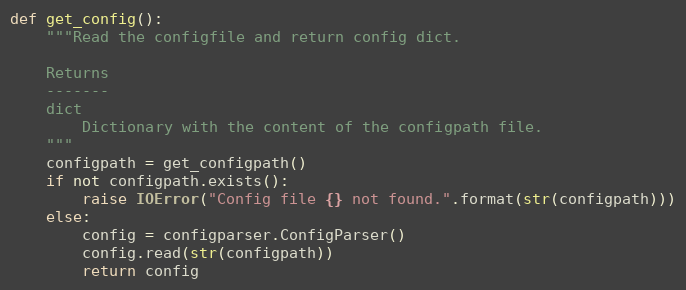
Language: Python
def get_config():
    """Read the configfile and return config dict.

    Returns
    -------
    dict
        Dictionary with the content of the configpath file.
    """
    configpath = get_configpath()
    if not configpath.exists():
        raise IOError("Config file {} not found.".format(str(configpath)))
    else:
        config = configparser.ConfigParser()
        config.read(str(configpath))
        return config